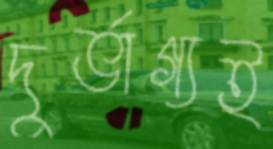
দুর্ভাগ্যই